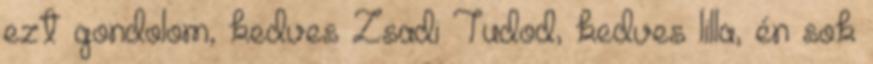
ezt gondolom, kedves Zsadi Tudod, kedves lilla, én sok